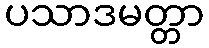
ပသာဒမတ္တာ